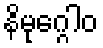
နိမုဂ္ဂေါဝ